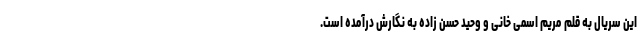
این سریال به قلم مریم اسمی خانی و وحید حسن زاده به نگارش درآمده است.